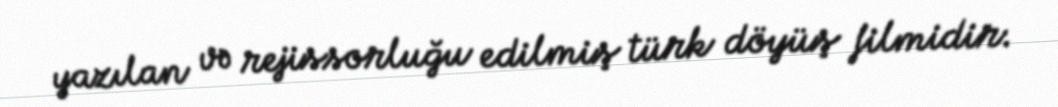
yazılan və rejissorluğu edilmiş türk döyüş filmidir.